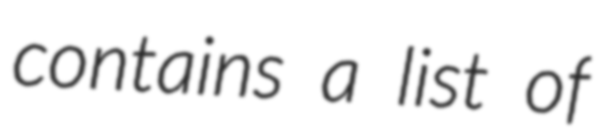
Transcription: contains a list of